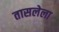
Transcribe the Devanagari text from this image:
तासलेला